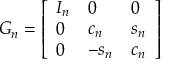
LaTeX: G _ { n } = { \left[ \begin{array} { l l l } { I _ { n } } & { 0 } & { 0 } \\ { 0 } & { c _ { n } } & { s _ { n } } \\ { 0 } & { - s _ { n } } & { c _ { n } } \end{array} \right] }